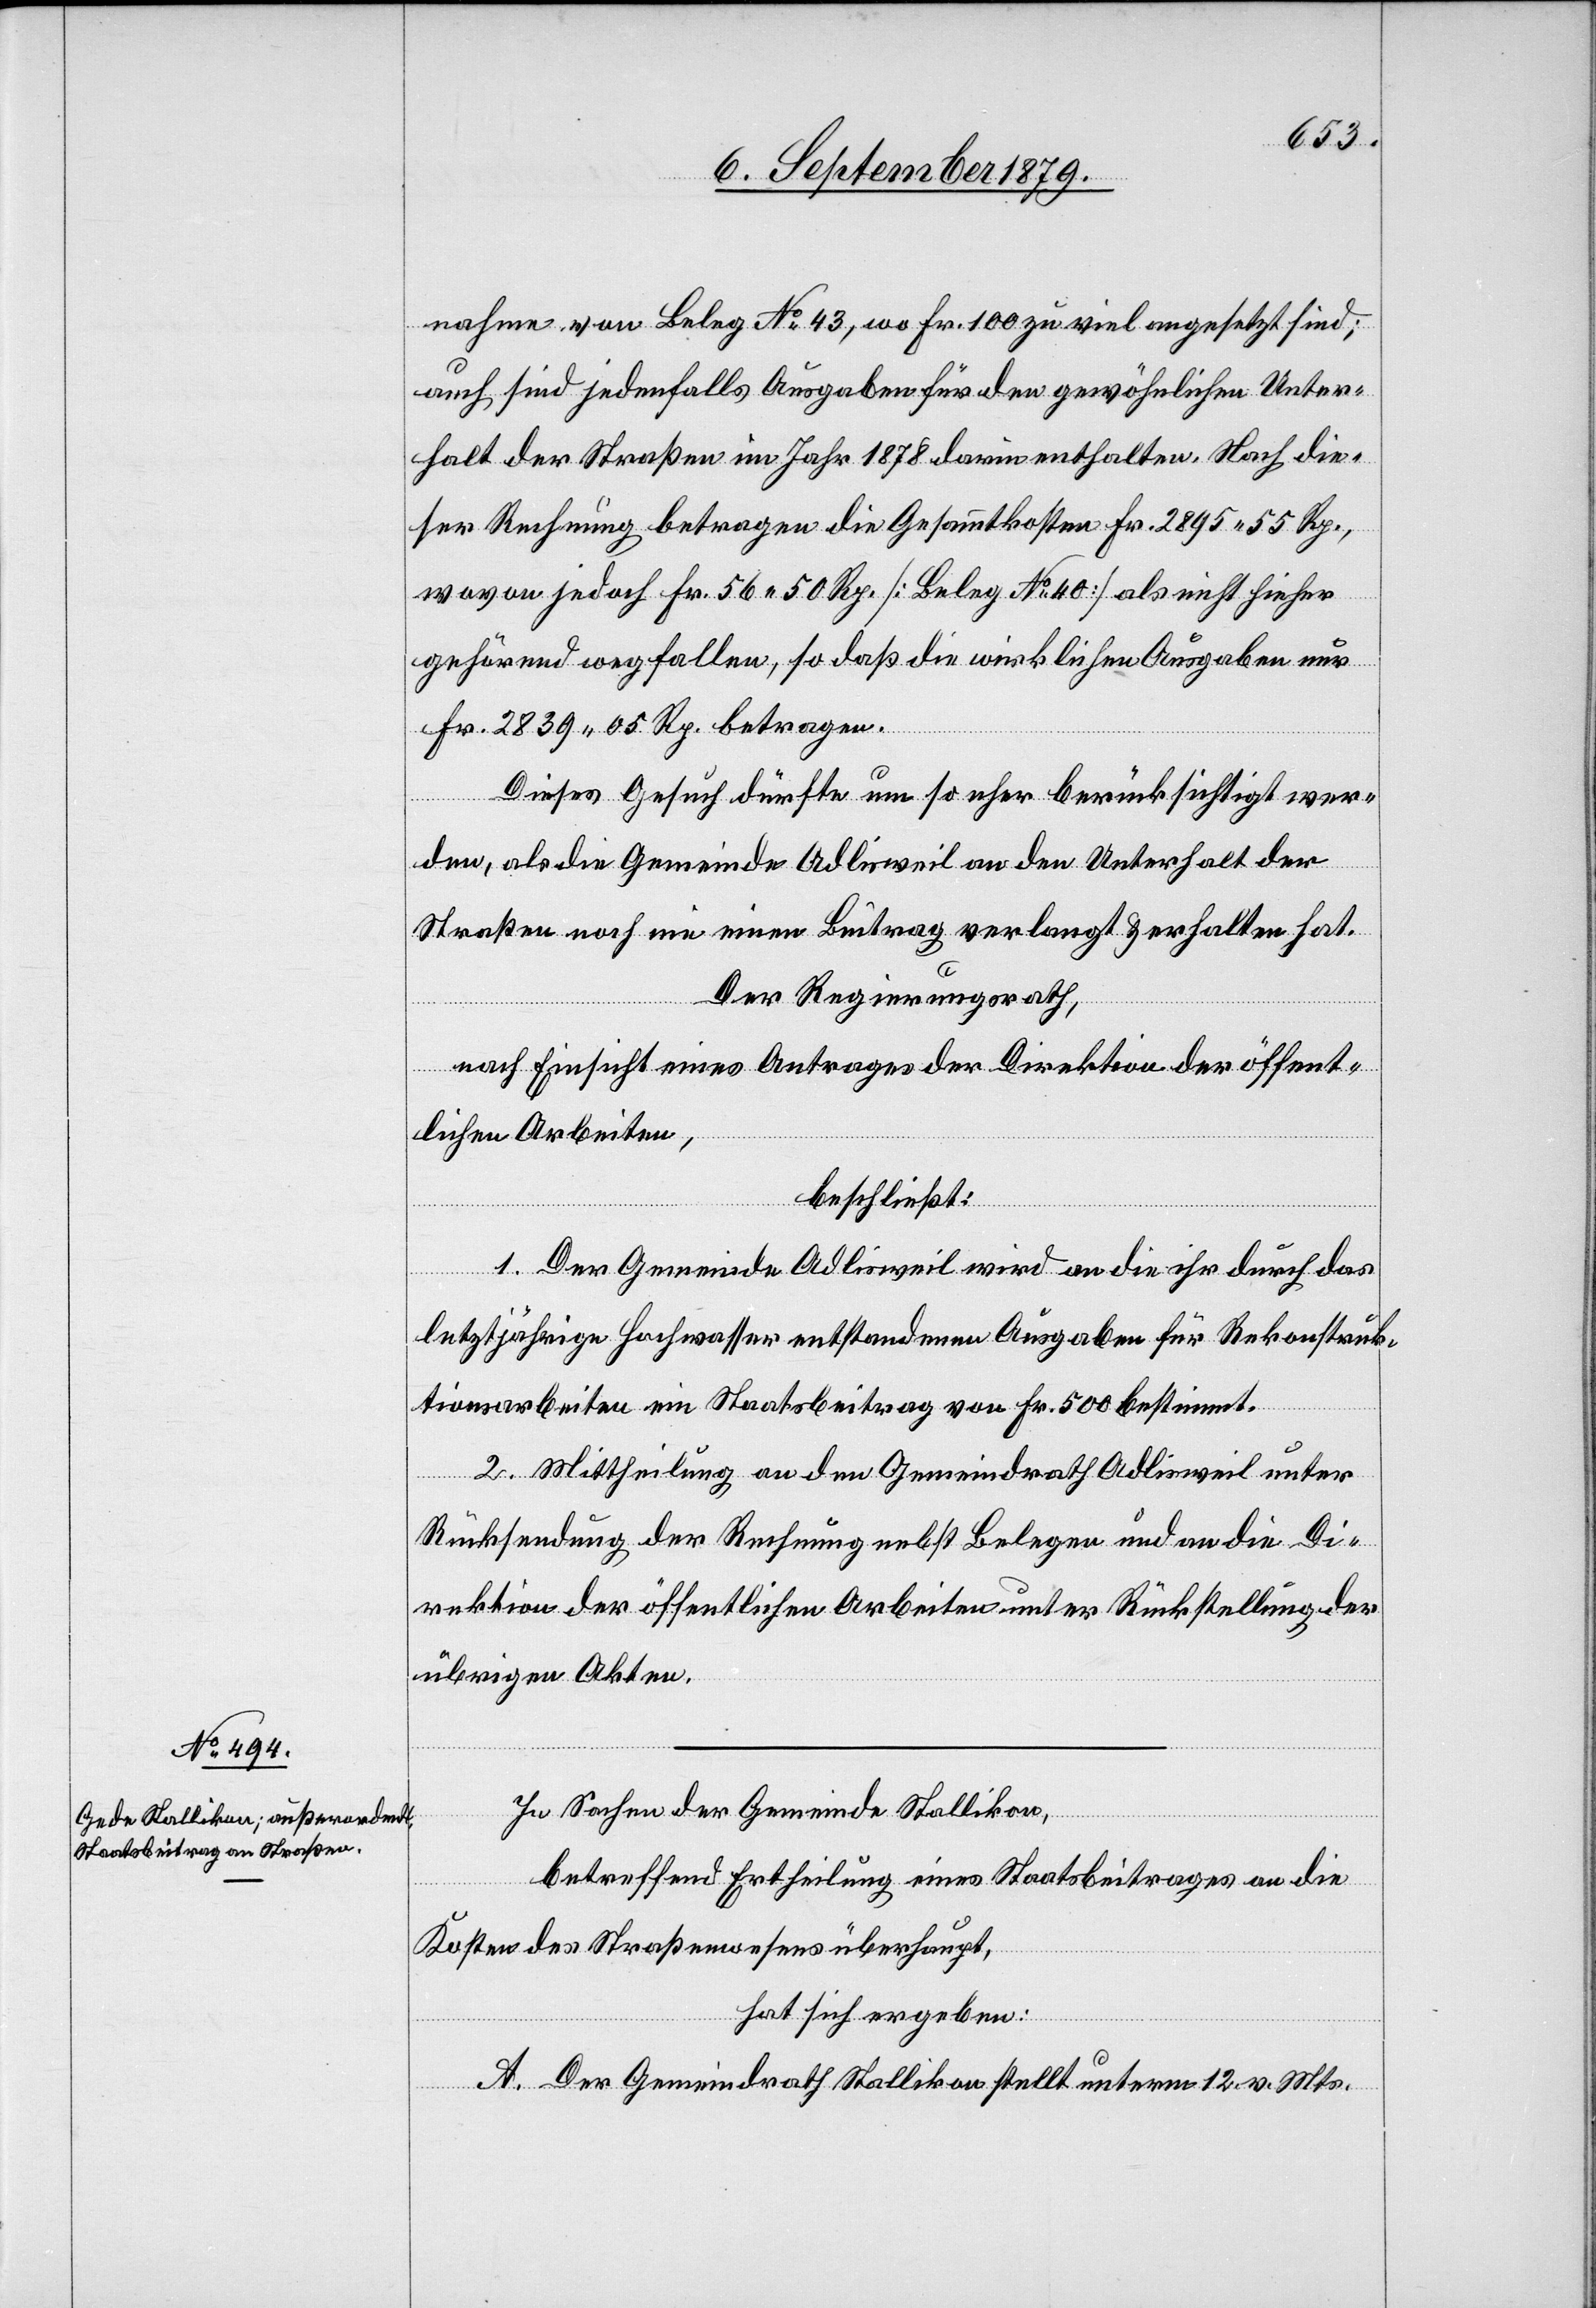
nahme von Beleg No 43, wo Fr. 100 zu viel angesetzt sind;
auch sind jedenfalls Ausgaben für den gewöhnlichen Unter¬
halt der Straßen im Jahr 1878 darin enthalten. Nach die¬
ser Rechnung betragen die Gesammtkosten Fr. 2895 55 Rp.,
wovon jedoch Fr. 56 50 Rp. [Beleg No 40] als nicht hieher
gehörend wegfallen, so daß die wirklichen Ausgaben nur
Fr. 2839 05 Rp. betragen.
Dieses Gesuch dürfte um so eher berücksichtigt wer¬
den, als die Gemeinde Adlisweil an den Unterhalt der
Straßen noch nie einen Beitrag verlangt & erhalten hat.
Der Regierungsrath,
nach Einsicht eines Antrages der Direktion der öffent¬
lichen Arbeiten,
beschließt:
1. Der Gemeinde Adlisweil wird an die ihr durch das
letztjährige Hochwasser entstandenen Ausgaben für Rekonstruk¬
tionsarbeiten ein Staatsbeitrag von Fr. 500 bestimmt.
2. Mittheilung an den Gemeindrath Adlisweil unter
Rücksendung der Rechnung nebst Belegen und an die Di¬
rektion der öffentlichen Arbeiten unter Rückstellung der
übrigen Akten.
In Sachen der Gemeinde Stallikon,
betreffend Ertheilung eines Staatsbeitrages an die
Kosten des Straßenwesens überhaupt,
hat sich ergeben:
A. Der Gemeindrath Stallikon stellt unterm 12. v. Mts.